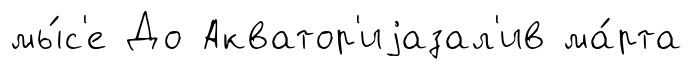
мы́с'е До Акватор'иjазал'ив ма́рта